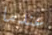
عندما